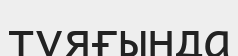
тұяғында